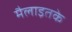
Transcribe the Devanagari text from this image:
मैलाइतके